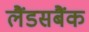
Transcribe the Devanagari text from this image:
लैंडसबैंक